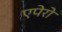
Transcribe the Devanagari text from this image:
एपेरो